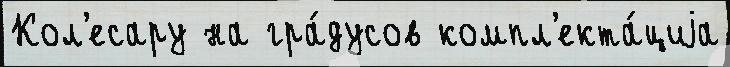
Кол'есару на гра́дусов компл'екта́циjа